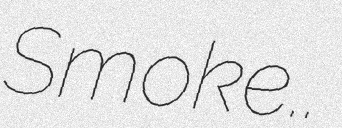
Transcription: Smoke..